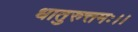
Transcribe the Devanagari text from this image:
धातुरुत्तमः।।